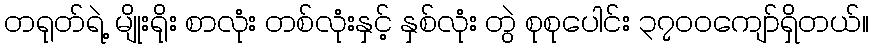
တရုတ်ရဲ့ မျိုးရိုး စာလုံး တစ်လုံးနှင့် နှစ်လုံး တွဲ စုစုပေါင်း ၃၇၀၀ကျော်ရှိတယ်။